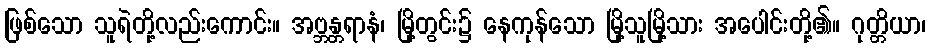
ဖြစ်သော သူရဲတို့လည်းကောင်း။ အဗ္ဘန္တရာနံ၊ မြို့တွင်း၌ နေကုန်သော မြို့သူမြို့သား အပေါင်းတို့၏။ ဂုတ္တိယာ၊